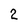
Character: 2